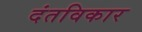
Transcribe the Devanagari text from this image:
दंतविकार